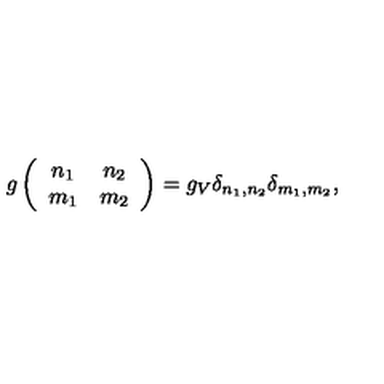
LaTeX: g \left( \begin{array} { c c } { n _ { 1 } } & { n _ { 2 } } \\ { m _ { 1 } } & { m _ { 2 } } \\ \end{array} \right) = g _ { V } \delta _ { n _ { 1 } , n _ { 2 } } \delta _ { m _ { 1 } , m _ { 2 } } ,